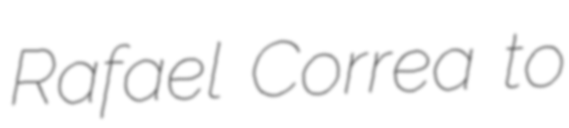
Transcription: Rafael Correa to